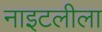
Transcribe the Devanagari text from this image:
नाइटलीला